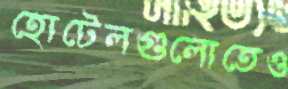
হোটেলগুলোতেও